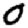
Digit: 0